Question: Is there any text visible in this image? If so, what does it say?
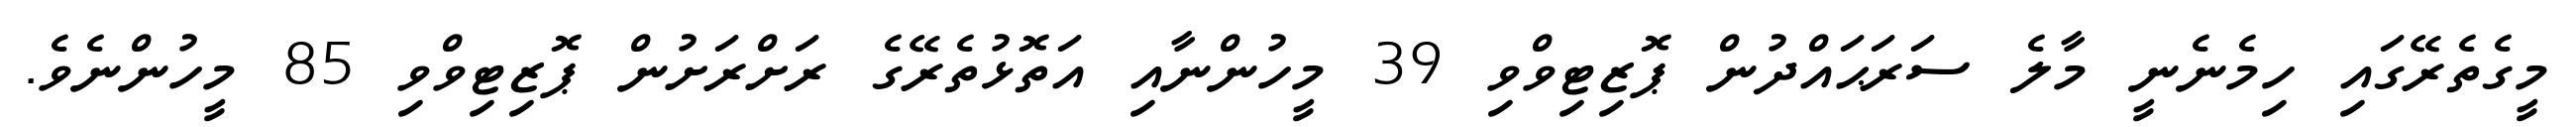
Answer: މީގެތެރޭގައި ހިމެނެނީ މާލެ ސަރަޙައްދުން ޕޮޒިޓިވްވި 39 މީހުންނާއި އަތޮޅުތެރޭގެ ރަށްރަށުން ޕޮޒިޓިވްވި 85 މީހުންނެވެ.